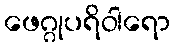
ဖေဂ္ဂုပရိဝါရော